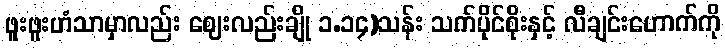
ဖူးဖူးဟံသာမှာလည်း ဈေးလည်းချို ၁.၁၄)သန်း သက်ပိုင်စိုးနှင့် လီချင်းဟောက်ကို